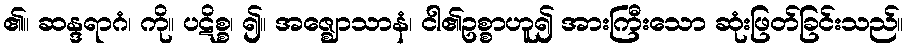
၏။ ဆန္ဒရာဂံ၊ ကို။ ပဋိစ္စ၊ ၍။ အဇ္ဈောသာနံ၊ ငါ၏ဥစ္စာဟူ၍ အားကြီးသော ဆုံးဖြတ်ခြင်းသည်။